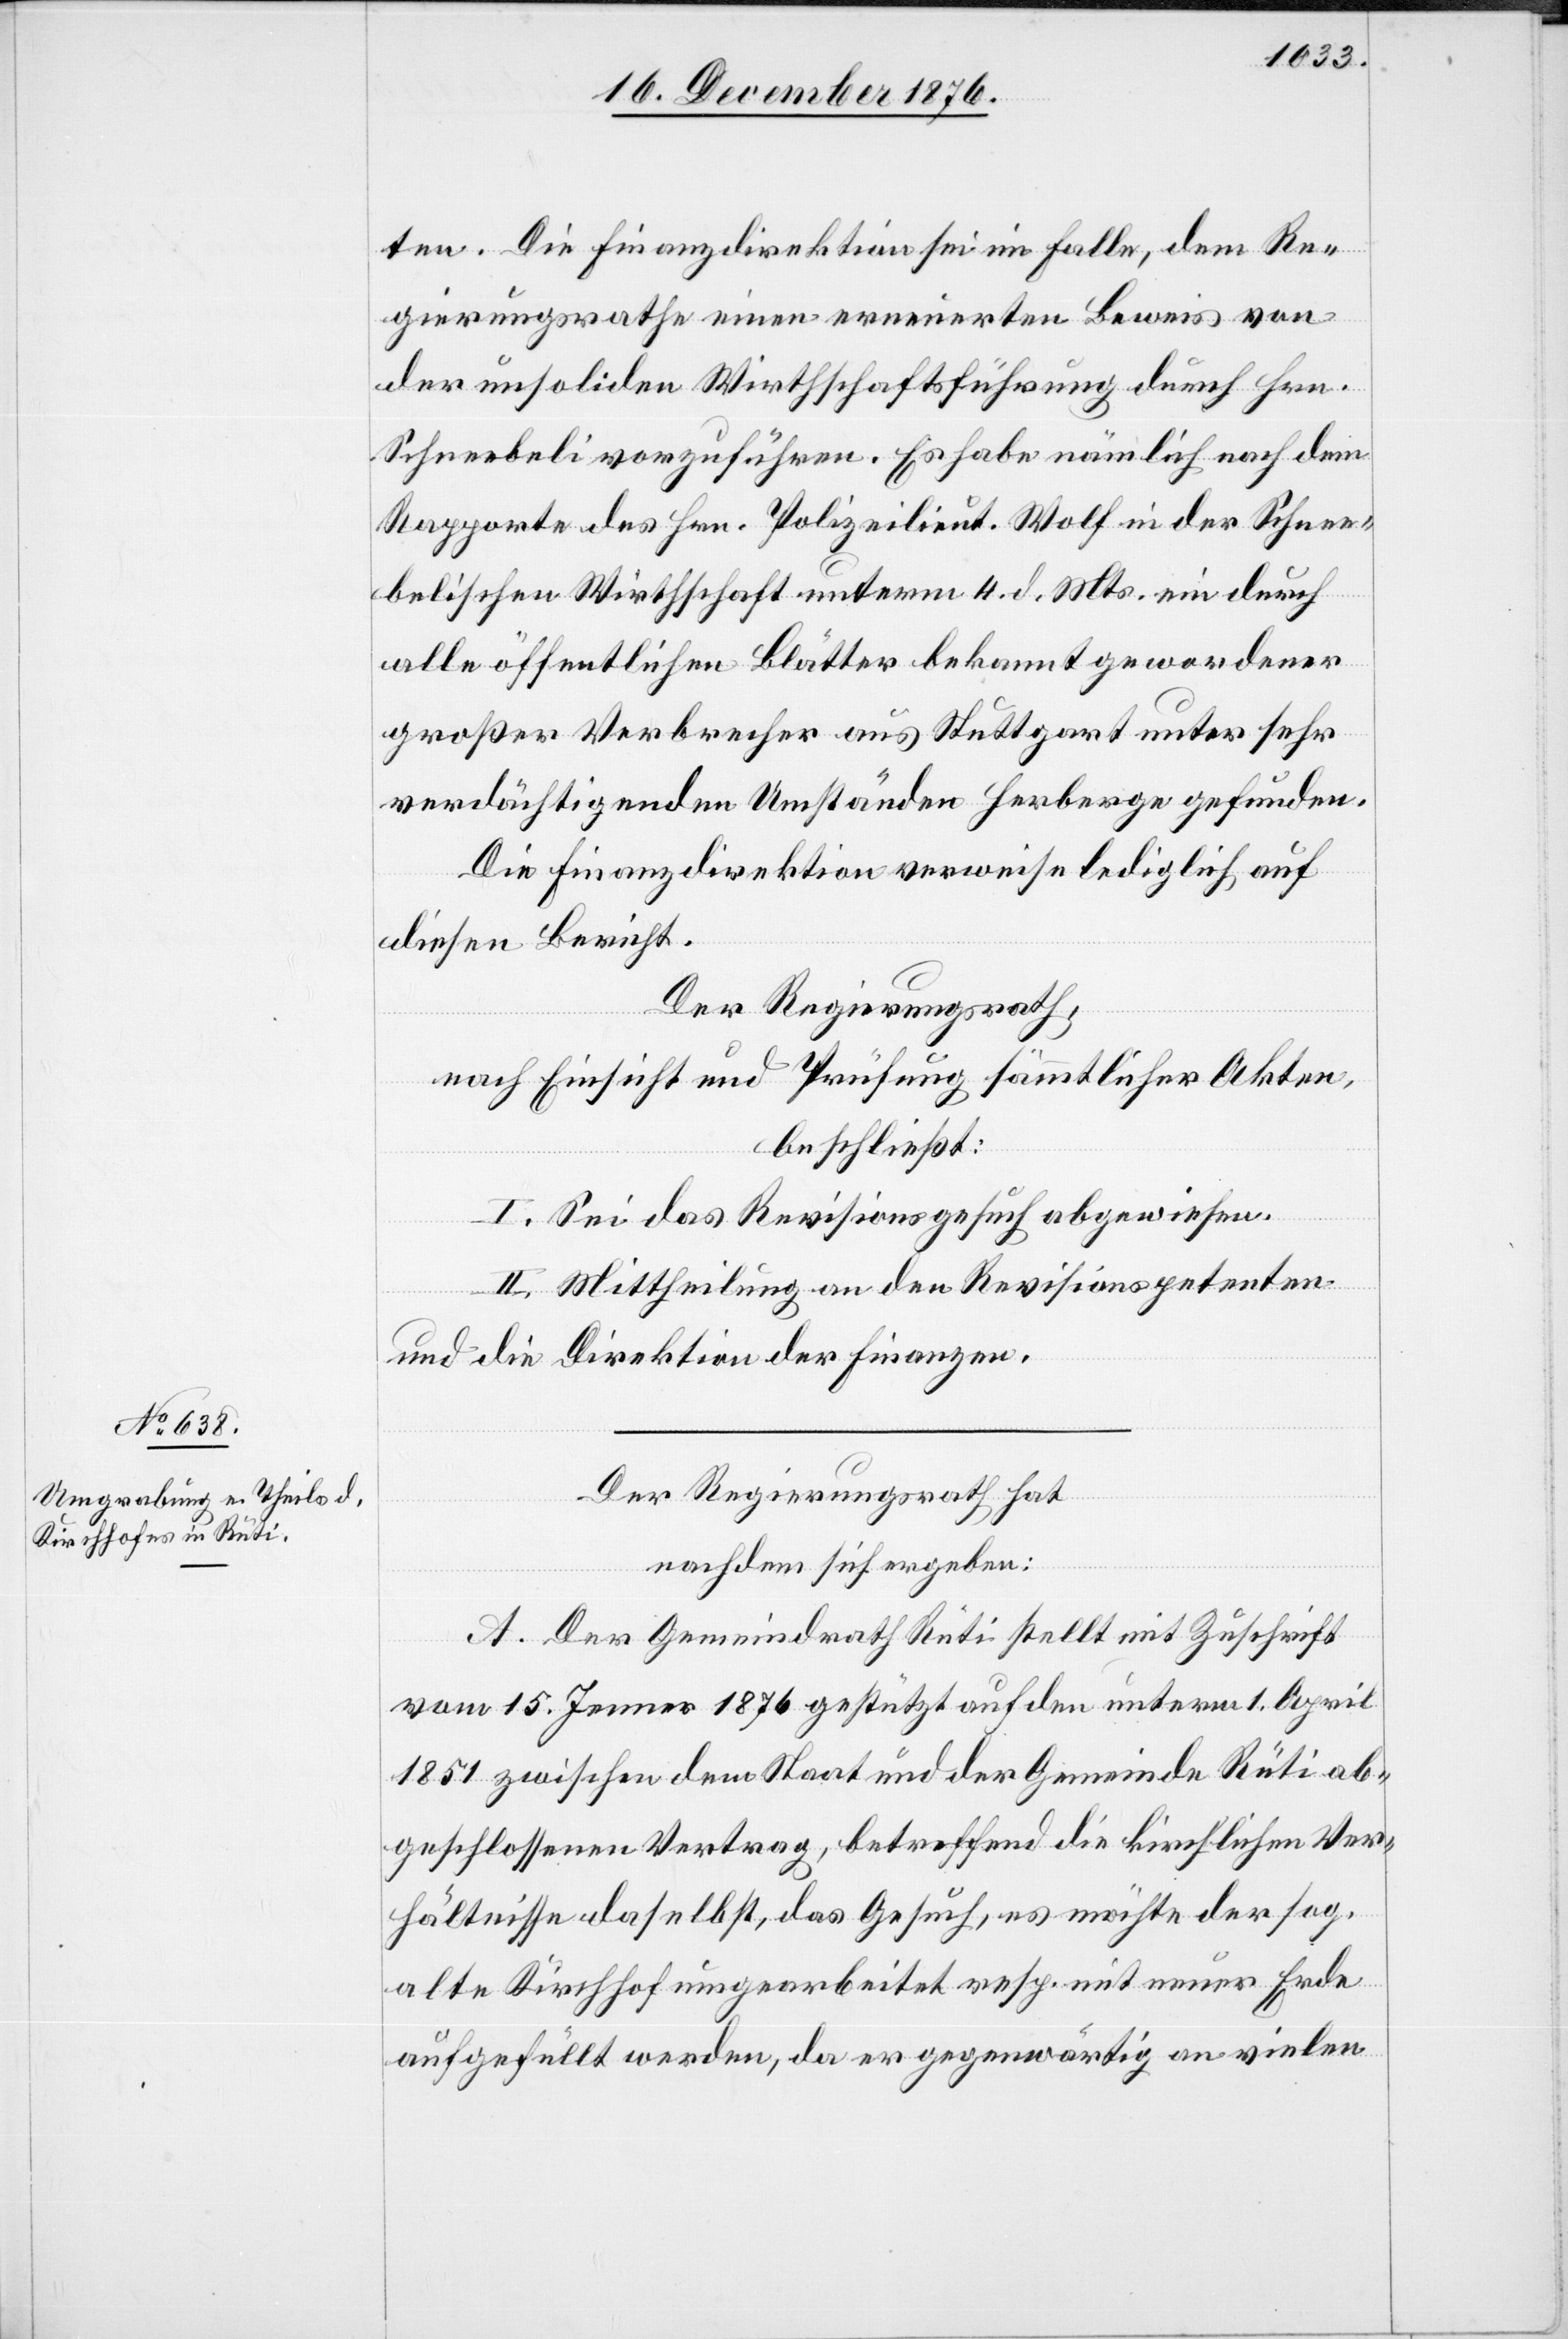
ten. Die Finanzdirektion sei im Falle, dem Re¬
gierungsrathe einen erneuerten Beweis von
der unsoliden Wirthschaftsführung durch Hrn.
Schneebeli vorzuführen. Es habe nämlich nach dem
Rapporte des Hrn. Polizeilieut. Wolf in der Schnee¬
belischen Wirthschaft unterm 4. d. Mts. ein durch
alle öffentlichen Blätter bekannt gewordener
großer Verbrecher aus Stuttgart unter sehr
verdächtigenden Umständen Herberge gefunden.
Die Finanzdirektion verweise lediglich auf
diesen Bericht.
Der Regierungsrath,
nach Einsicht und Prüfung sämmtlicher Akten,
beschließt:
I. Sei das Revisionsgesuch abgewiesen.
II. Mittheilung an den Revisionspetenten
und die Direktion der Finanzen.
Der Regierungsrath hat
nachdem sich ergeben:
A. Der Gemeindrath Rüti stellt mit Zuschrift
vom 15. Jenner 1876 gestützt auf den unterm 1. April
1851 zwischen dem Staat und der Gemeinde Rüti ab¬
geschlossenen Vertrag, betreffend die kirchlichen Ver¬
hältnisse daselbst, das Gesuch, es möchte der sog.
alte Kirchhof umgearbeitet resp. mit neuer Erde
aufgefüllt werden, da er gegenwärtig an vielen